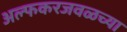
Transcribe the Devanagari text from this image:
अल्फकरजवळच्या